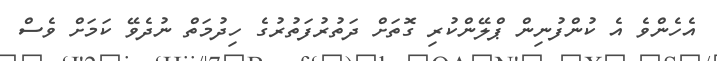
އެހެންވެ އެ ކުންފުނިން ޕްލޭންކުރި ގޮތަށް ދަތުރުފަތުރުގެ ހިދުމަތް ނުދެވޭ ކަމަށް ވެސް